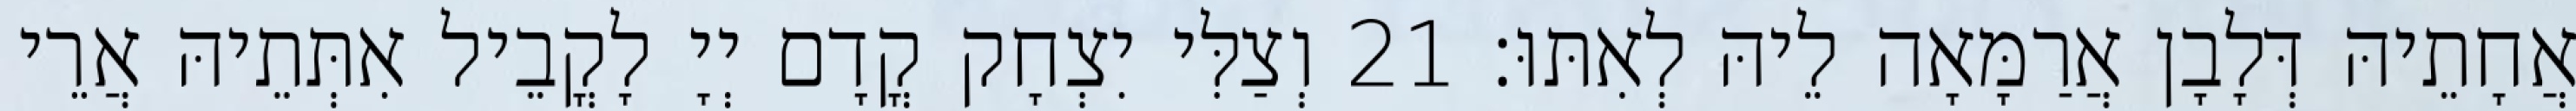
אֲחָתֵיהּ דְּלָבָן אֲרַמָּאָה לֵיהּ לְאִתּוּ׃ 21 וְצַלִּי יִצְחָק קֳדָם יְיָ לָקֳבֵיל אִתְּתֵיהּ אֲרֵי